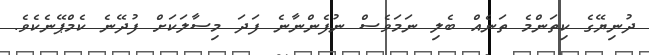
ދުނިޔޭގެ ކިތަންމެ ތަނެއް ބެލި ނަމަވެސް ނުފެންނާނެ ފަދަ މިސާލަކަށް ފުދޭނެ ކެމްޕޭނެކެވެ.